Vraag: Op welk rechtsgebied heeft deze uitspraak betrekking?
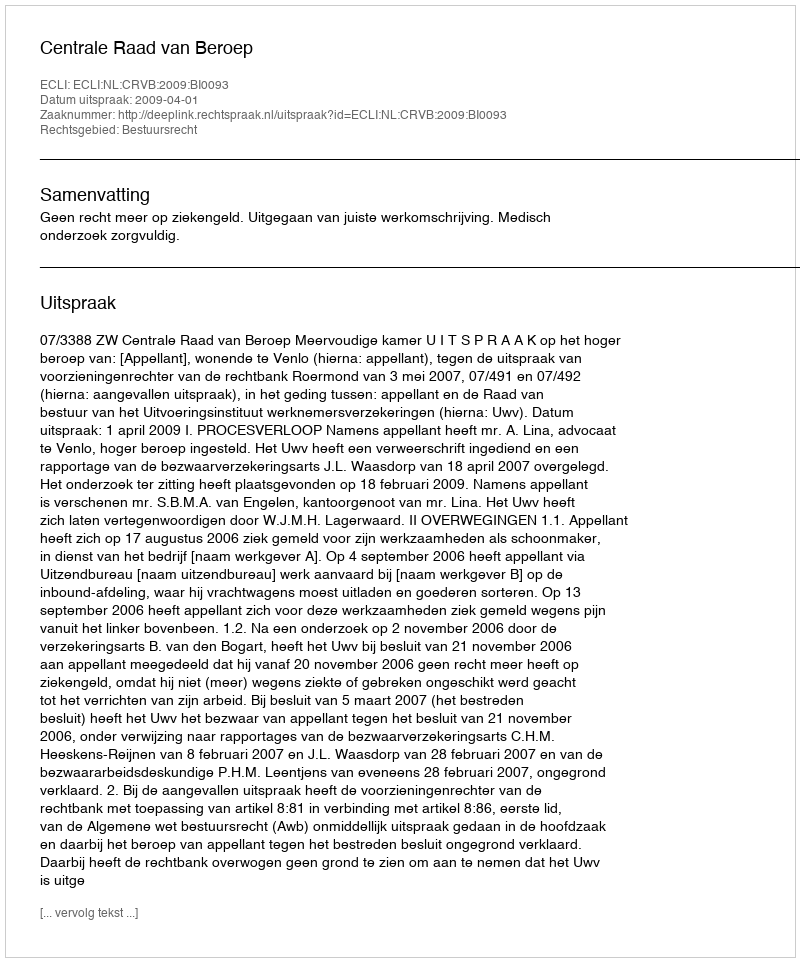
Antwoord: Bestuursrecht